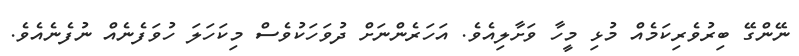
ނޭންގޭ ބިރުވެރިކަމެއް މުޅި މީހާ ވަށާލިއެވެ. އަހަރެންނަށް ދުވަހަކުވެސް މިކަހަލަ ހުވަފެނެއް ނުފެނެއެވެ.